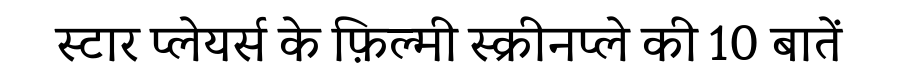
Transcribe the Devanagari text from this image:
स्टार प्लेयर्स के फ़िल्मी स्क्रीनप्ले की 10 बातें